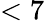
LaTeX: <7